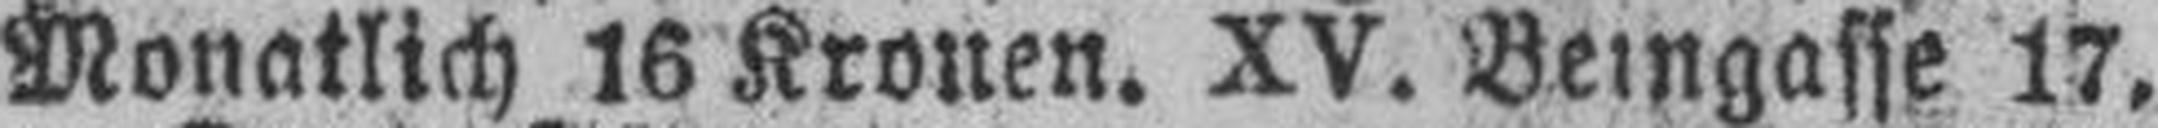
Monatlich 16 Kronen. XV. Beingasse 17,